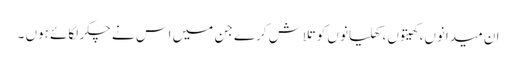
ان میدانوں، کھیتوں، کھلیانو ں کو تلاش کرے جن میں اس نے چکر لگائے ہوں ۔